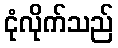
ငုံလိုက်သည်